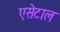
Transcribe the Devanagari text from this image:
एसेटाल